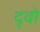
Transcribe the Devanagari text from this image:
दृवो